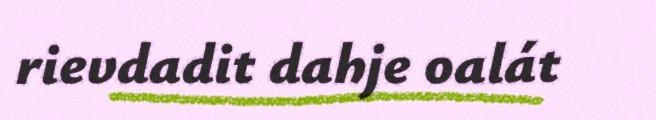
rievdadit dahje oalát